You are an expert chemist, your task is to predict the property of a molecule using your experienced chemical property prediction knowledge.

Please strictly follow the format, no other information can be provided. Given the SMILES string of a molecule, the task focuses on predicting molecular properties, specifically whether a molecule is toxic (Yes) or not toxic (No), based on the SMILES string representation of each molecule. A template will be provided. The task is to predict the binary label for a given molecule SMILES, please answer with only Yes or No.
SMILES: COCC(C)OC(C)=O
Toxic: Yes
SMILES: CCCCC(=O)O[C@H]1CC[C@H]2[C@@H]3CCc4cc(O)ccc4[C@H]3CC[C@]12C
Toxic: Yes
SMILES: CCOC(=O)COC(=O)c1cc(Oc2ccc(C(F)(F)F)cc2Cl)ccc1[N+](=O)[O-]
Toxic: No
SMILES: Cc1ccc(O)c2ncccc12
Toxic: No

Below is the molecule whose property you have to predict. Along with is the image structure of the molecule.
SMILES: OCCOCCN1CCN(C2=Nc3ccccc3Sc3ccccc32)CC1.OCCOCCN1CCN(C2=Nc3ccccc3Sc3ccccc32)CC1
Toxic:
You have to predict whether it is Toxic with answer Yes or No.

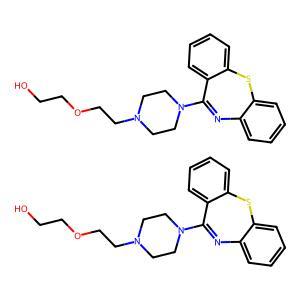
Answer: No